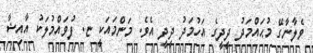
ވެލާނާގޭ މުޙައްމަދު ދީދީގެ އަހުމަދު ދީދީ އެވެ. މަންމައަކީ ޏ. ފުވައްމުލަކު އާއިޝާ